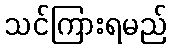
သင်ကြားရမည်